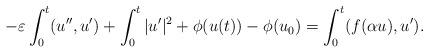
LaTeX: \begin{align*}-\varepsilon\int_{0}^{t}(u^{\prime\prime},u^{\prime})+\int_{0}^{t}|u^{\prime}|^{2}+\phi(u(t))-\phi(u_{0})=\int_{0}^{t}(f(\alpha u),u^{\prime}).\end{align*}